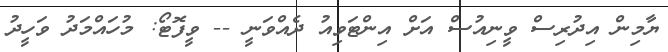
ޔާމިން އިދުރިސް ވީނިއުސް އަށް އިންޓަވިއު ދެއްވަނީ -- ވީފޮޓޯ: މުހައްމަދު ވަހީދު